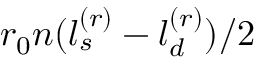
r _ { 0 } n ( l _ { s } ^ { ( r ) } - l _ { d } ^ { ( r ) } ) / 2